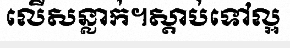
លើសន្លាក់។ស្តាប់ទៅល្អ